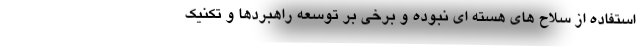
استفاده از سلاح های هسته ای نبوده و برخی بر توسعه راهبردها و تکنیک